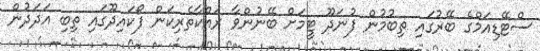
ސްޓޭޑިއަމްގެ ބޭރުގައި ތިބުމުން ފުނަދޫ ޓީމަށް ބޭނުންވާ ރައްކާތެރިކަން ފޯކައިދޫގައި ތިބި އަދަދުން